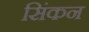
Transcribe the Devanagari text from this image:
सिंकन